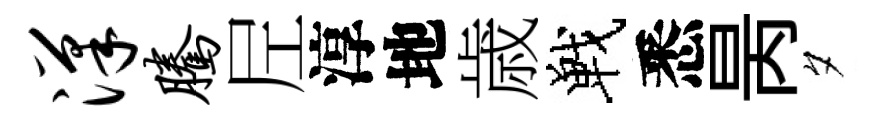
汉腾𡰱淳地歳戰悉昺夕